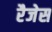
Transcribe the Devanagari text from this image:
रैजेस